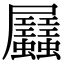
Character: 𧖉